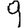
Digit: 9